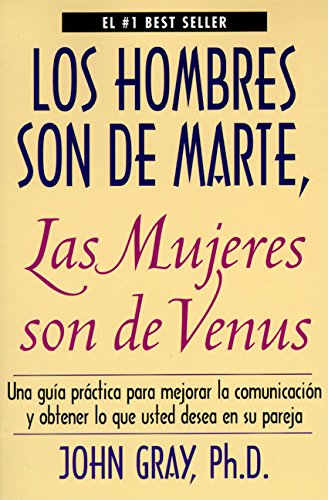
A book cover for Los hombres son de Marte, las mujeres son de Venus; John Gray; Literature & Fiction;